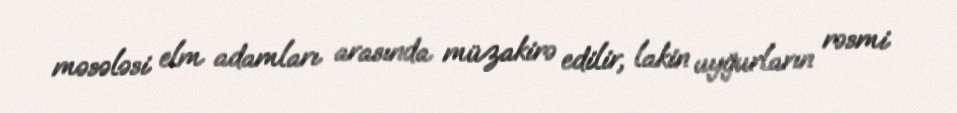
məsələsi elm adamları arasında müzakirə edilir, lakin uyğurların rəsmi